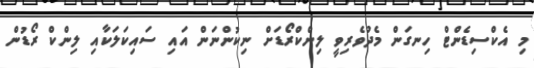
މި އެކްސިޑެންޓް ހިނގަން މެދުވެރިވީ ލިންކްރޯޑަށް ނިކުންނަން އައި ސައިކަލަކާއި ލިންކް ރޯޑުން